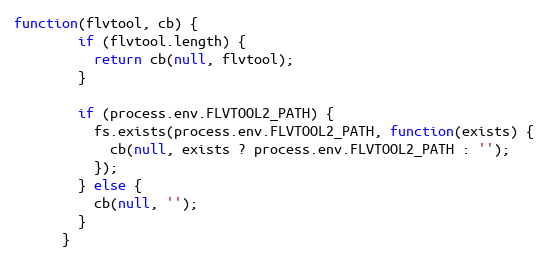
Language: JavaScript
function(flvtool, cb) {
        if (flvtool.length) {
          return cb(null, flvtool);
        }

        if (process.env.FLVTOOL2_PATH) {
          fs.exists(process.env.FLVTOOL2_PATH, function(exists) {
            cb(null, exists ? process.env.FLVTOOL2_PATH : '');
          });
        } else {
          cb(null, '');
        }
      }